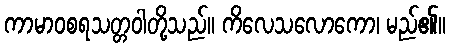
ကာမာဝစရသတ္တဝါတို့သည်။ ကိလေသလောကော၊ မည်၏။